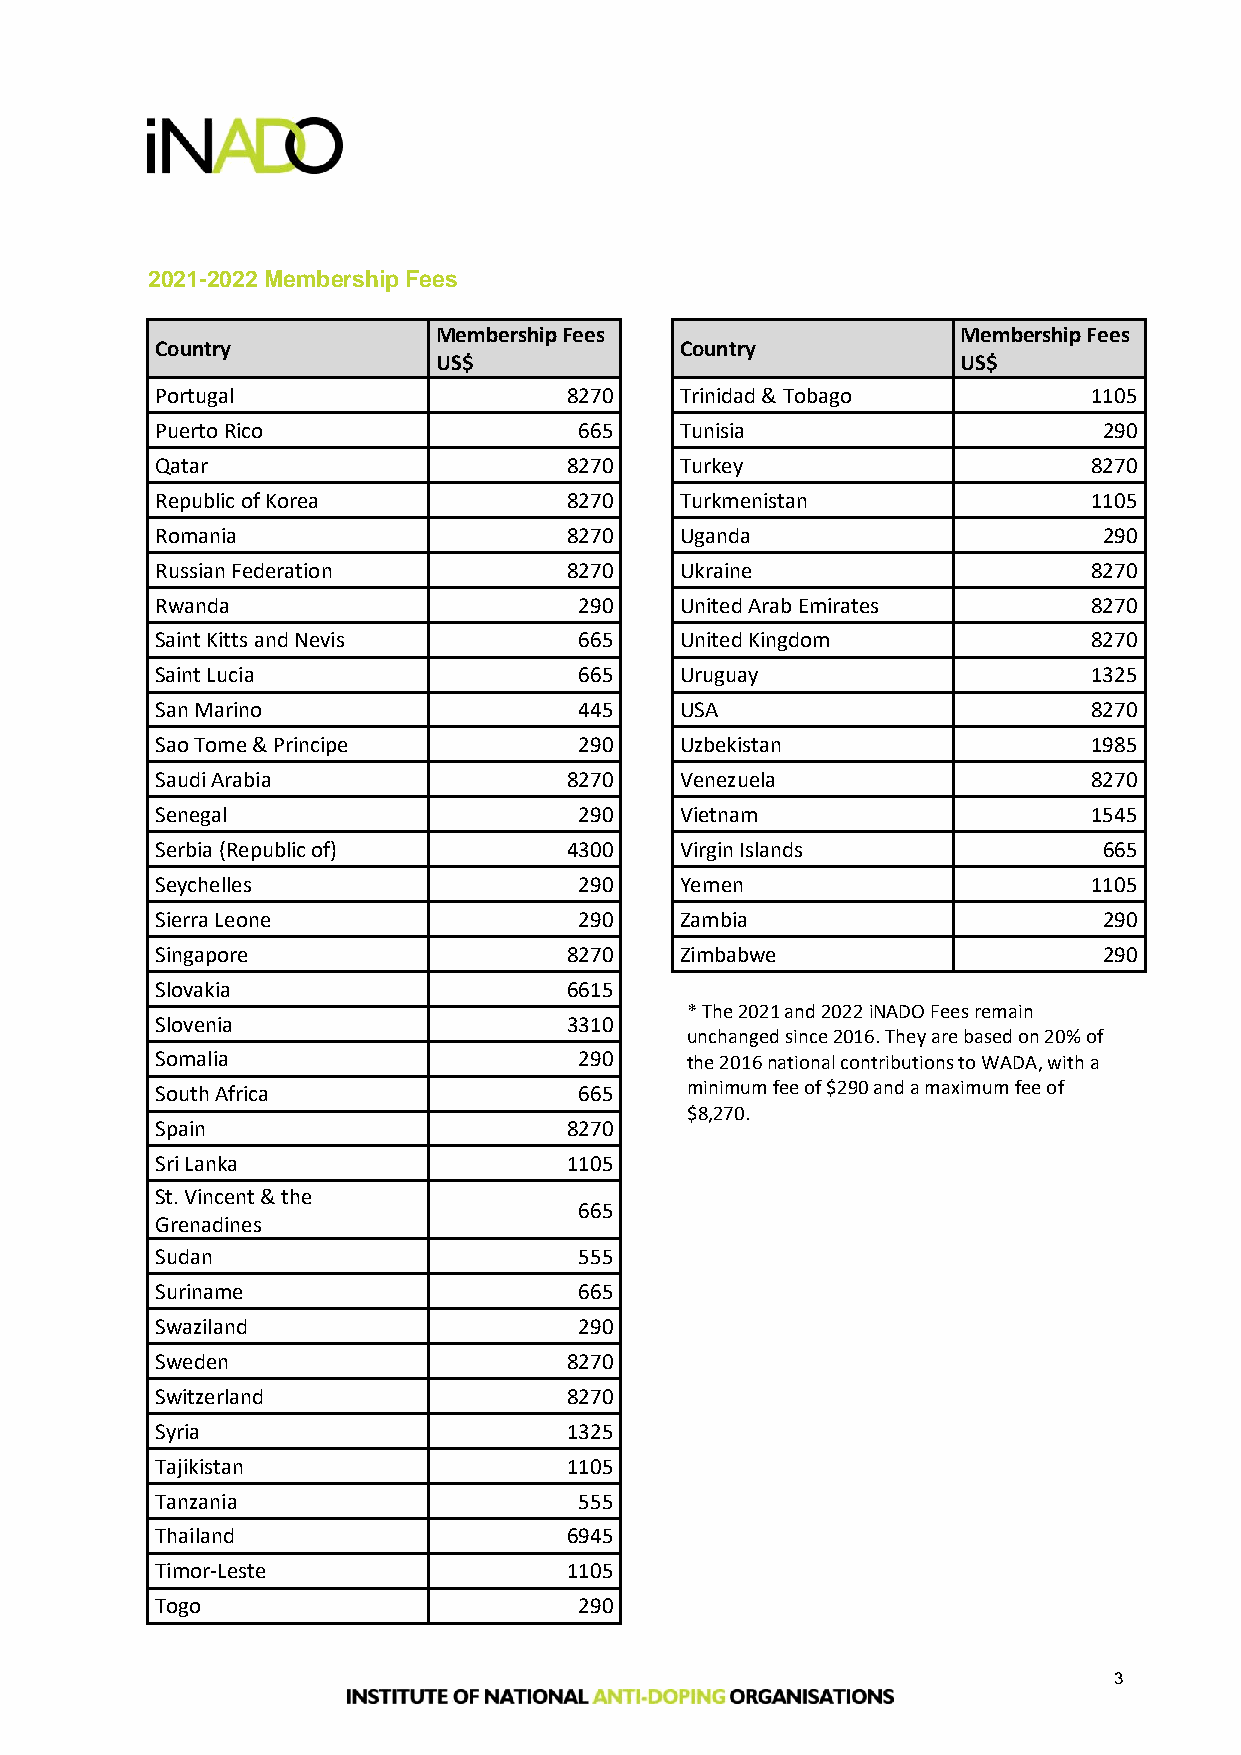
2021-2022 Membership Fees
 Membership Fees                    Membership Fees
 Country                            Country
 US$                                US$
 Portugal                   8270    Trinidad & Tobago          1105
 Puerto Rico                 665    Tunisia                     290
 Qatar                      8270    Turkey                     8270
 Republic of Korea          8270    Turkmenistan               1105
 Romania                    8270    Uganda                      290
 Russian Federation         8270    Ukraine                    8270
 Rwanda                      290    United Arab Emirates       8270
 Saint Kitts and Nevis       665    United Kingdom             8270
 Saint Lucia                 665    Uruguay                    1325
 San Marino                  445    USA                        8270
 Sao Tome & Principe         290    Uzbekistan                 1985
 Saudi Arabia               8270    Venezuela                  8270
 Senegal                     290    Vietnam                    1545
 Serbia (Republic of)       4300    Virgin Islands              665
 Seychelles                  290    Yemen                      1105
 Sierra Leone                290    Zambia                      290
 Singapore                  8270    Zimbabwe                    290
 Slovakia                   6615
 * The 2021 and 2022 iNADO Fees remain
 Slovenia                   3310
 unchanged since 2016. They are based on 20% of
 Somalia                     290    the 2016 national contributions to WADA, with a
 South Africa                665    minimum fee of $290 and a maximum fee of
 $8,270.
 Spain                      8270
 Sri Lanka                  1105
 St. Vincent & the
 665
 Grenadines
 Sudan                       555
 Suriname                    665
 Swaziland                   290
 Sweden                     8270
 Switzerland                8270
 Syria                      1325
 Tajikistan                 1105
 Tanzania                    555
 Thailand                   6945
 Timor-Leste                1105
 Togo                        290
 3